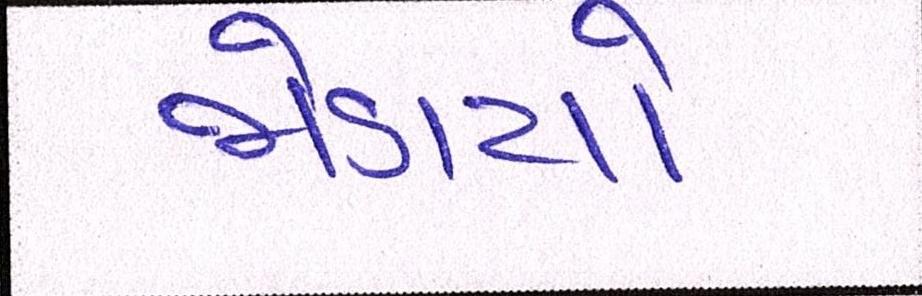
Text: જોડાયો